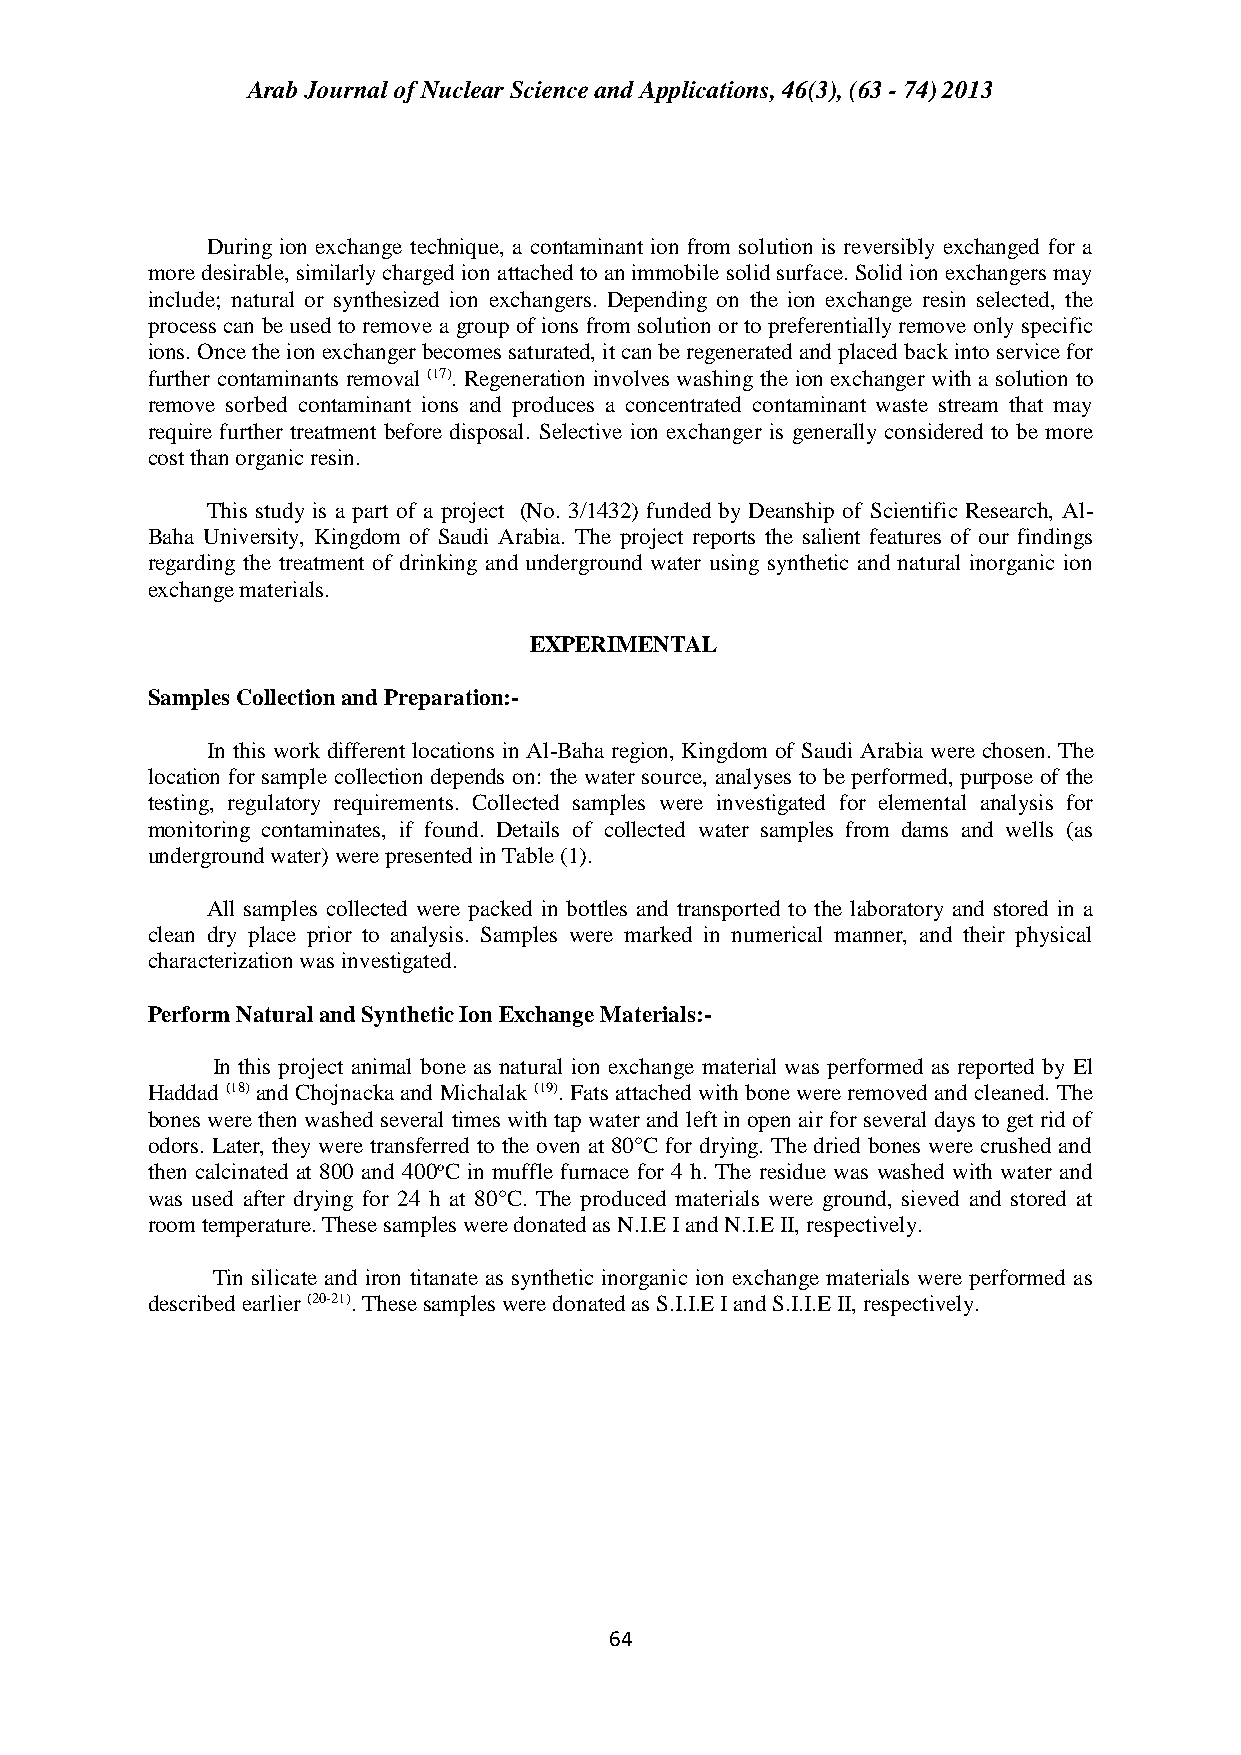
Arab Journal of Nuclear Science and Applications, 46(3), (63 - 74) 2013
 During ion exchange technique, a contaminant ion from solution is reversibly exchanged for a
 more desirable, similarly charged ion attached to an immobile solid surface. Solid ion exchangers may
 include; natural or synthesized ion exchangers. Depending on the ion exchange resin selected, the
 process can be used to remove a group of ions from solution or to preferentially remove only specific
 ions. Once the ion exchanger becomes saturated, it can be regenerated and placed back into service for
 further contaminants removal (17). Regeneration involves washing the ion exchanger with a solution to
 remove sorbed contaminant ions and produces a concentrated contaminant waste stream that may
 require further treatment before disposal. Selective ion exchanger is generally considered to be more
 cost than organic resin.
 This study is a part of a project (No. 3/1432) funded by Deanship of Scientific Research, Al-
 Baha University, Kingdom of Saudi Arabia. The project reports the salient features of our findings
 regarding the treatment of drinking and underground water using synthetic and natural inorganic ion
 exchange materials.
 EXPERIMENTAL
 Samples Collection and Preparation:-
 In this work different locations in Al-Baha region, Kingdom of Saudi Arabia were chosen. The
 location for sample collection depends on: the water source, analyses to be performed, purpose of the
 testing, regulatory requirements. Collected samples were investigated for elemental analysis for
 monitoring contaminates, if found. Details of collected water samples from dams and wells (as
 underground water) were presented in Table (1).
 All samples collected were packed in bottles and transported to the laboratory and stored in a
 clean dry place prior to analysis. Samples were marked in numerical manner, and their physical
 characterization was investigated.
 Perform Natural and Synthetic Ion Exchange Materials:-
 In this project animal bone as natural ion exchange material was performed as reported by El
 Haddad (18) and Chojnacka and Michalak (19). Fats attached with bone were removed and cleaned. The
 bones were then washed several times with tap water and left in open air for several days to get rid of
 odors. Later, they were transferred to the oven at 80°C for drying. The dried bones were crushed and
 then calcinated at 800 and 400oC in muffle furnace for 4 h. The residue was washed with water and
 was used after drying for 24 h at 80°C. The produced materials were ground, sieved and stored at
 room temperature. These samples were donated as N.I.E I and N.I.E II, respectively.
 Tin silicate and iron titanate as synthetic inorganic ion exchange materials were performed as
 described earlier (20-21). These samples were donated as S.I.I.E I and S.I.I.E II, respectively.
 64